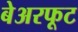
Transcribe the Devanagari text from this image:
बेअरफूट